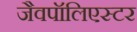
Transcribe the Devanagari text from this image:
जैवपॉलिएस्टर